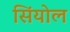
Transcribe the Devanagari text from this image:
सिंयोल